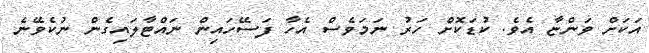
އަކަށް ވަންޏާ އެވެ. ކުޑަކޮށް ހަރު ނަމަވެސް އެހާ ފަސޭހައިން ނައްޓާލައިގެން ނުކެވޭނެ